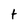
Character: t